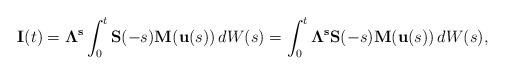
LaTeX: \begin{align*} \mathbf I(t) = \mathbf \Lambda^{\mathbf s} \int_0^t \mathbf S(-s) \mathbf M(\mathbf u(s)) \, dW(s) = \int_0^t \mathbf \Lambda^{\mathbf s} \mathbf S(-s) \mathbf M(\mathbf u(s)) \, dW(s),\end{align*}